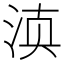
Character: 𰛬